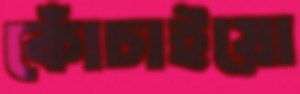
কোঁচাইয়ো